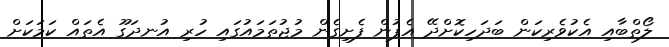
ލޯތްބާއި އެކުވެރިކަން ބަދަހިކޮށްދޭ އެޕުން ފެށިގެން މުޖުތަމައުގައި ހުރި އުނދަގޫ އެތައް ކަމަކަށް